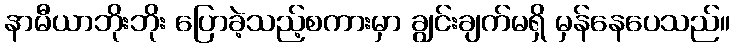
နာမီယာဘိုးဘိုး ပြောခဲ့သည့်စကားမှာ ချွင်းချက်မရှိ မှန်နေပေသည်။